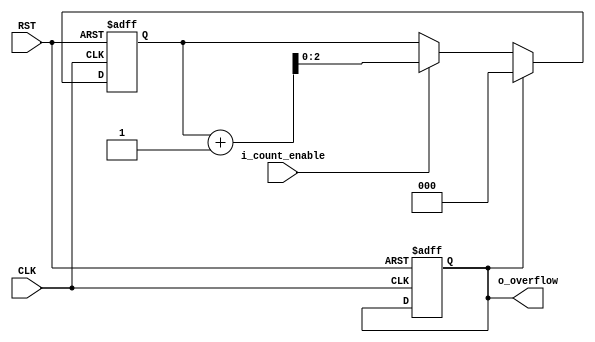
module Counter
#(parameter Counter_Width =3) 
(
    output  reg    o_overflow,
    input   wire    CLK,RST,
    input   wire    i_count_enable
);

    reg [Counter_Width-1:0]  counter=0;
    reg [Counter_Width-1:0]  counter_reg=0;

always@(posedge CLK or negedge RST)
    begin
        if (!RST)
            begin
                counter<= { (Counter_Width) {1'b0} };
                o_overflow<=0;
            end
            
        else 
            begin
                if (i_count_enable)
                    counter<=counter_reg;
                        if (o_overflow)
                            counter<= { (Counter_Width) {1'b0} };
            end

    end

always@(*)

    begin
            {o_overflow , counter_reg }<=counter+1;
    end

endmodule